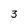
Character: 3